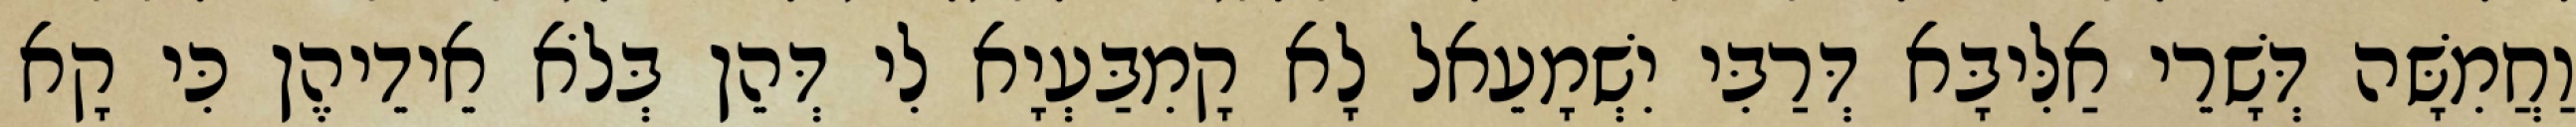
וַחֲמִשָּׁה דְּשָׁרֵי אַלִּיבָּא דְּרַבִּי יִשְׁמָעֵאל לָא קָמִבַּעְיָא לִי דְּהֵן בְּלֹא אֵידֵיהֶן כִּי קָא